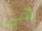
هي